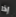
إذا